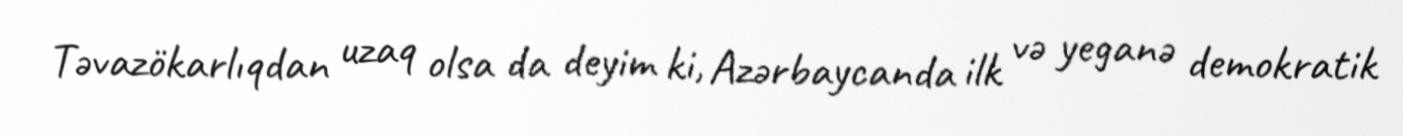
Təvazökarlıqdan uzaq olsa da deyim ki, Azərbaycanda ilk və yeganə demokratik